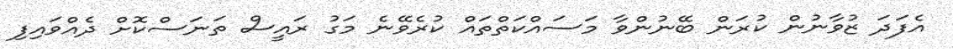
އެފަދަ ޒުވާނުން ކުރަން ބޭނުންވާ މަސައްކަތްތައް ކުރެވޭނެ މަގު ރައީސް ތަނަސްކޮށް ދެއްވައިފި